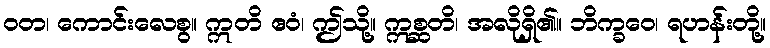
ဝတ၊ ကောင်းလေစွ။ ဣတိ ဧဝံ၊ ဤသို့။ ဣစ္ဆတိ၊ အလိုရှိ၏။ ဘိက္ခဝေ၊ ရဟန်းတို့။